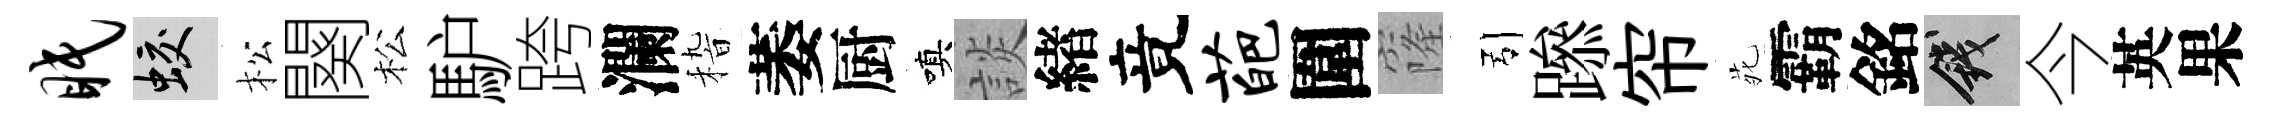
眠蛟松闋松馿跨瀾𥟵萎厨嗔談緖竟葩圍窿引𨅶帘𫟍霸銘錢今英果